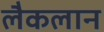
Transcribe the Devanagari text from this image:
लैकलान